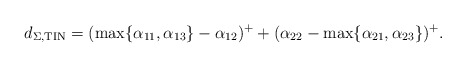
\begin{align*}d_{\Sigma,\mathrm{{TIN}}} &= (\max\{\alpha_{11},\alpha_{13}\} - \alpha_{12})^+ + (\alpha_{22} - \max\{\alpha_{21},\alpha_{23}\})^+.\end{align*}